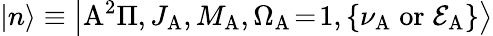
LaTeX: \left|n\right>\equiv\left|\mathrm{A}^{2}\Pi,J_{\mathrm{A}},M_{\mathrm{A}},\Omega_{\mathrm{A}}\! =\! 1,\left\{ \nu_{\mathrm{A}}\mathrm{\; or\; }\mathcal{E}_{\mathrm{A}}\right\} \right>